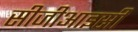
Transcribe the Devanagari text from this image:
सीजीआइसी